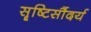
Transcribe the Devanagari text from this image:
सॄष्टिसौंदर्य